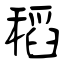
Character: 稻